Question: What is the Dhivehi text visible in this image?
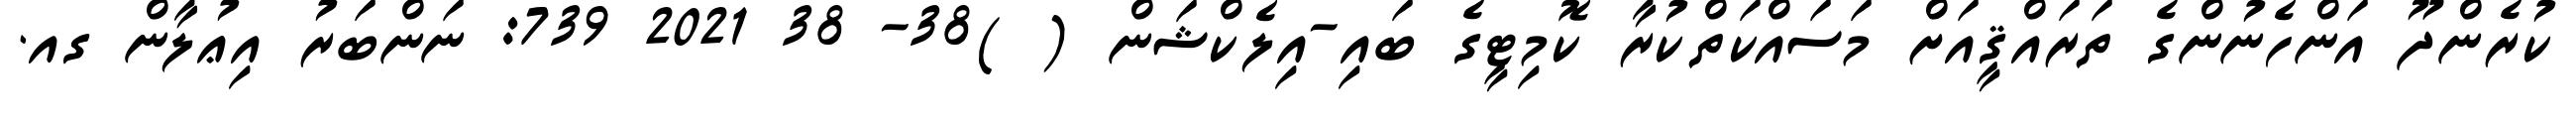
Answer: ކުރެންދޫ އަންހެނުންގެ ތަރައްޤީއަށް މަސައްކަތްކުރާ ކޮމިޓީގެ ބައި-އިލެކްޝަން ( )38- 38 2021 739: ނަންބަރު އިޢުލާން ގއ.